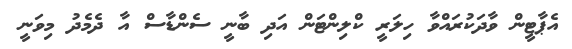
އެޕާޓީން ވާދަކުރައްވާ ހިލަރީ ކްލިންޓަން އަދި ބާނީ ސެންޑާސް އާ ދެމެދު މިވަނީ